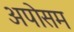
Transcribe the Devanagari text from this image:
अपोसम